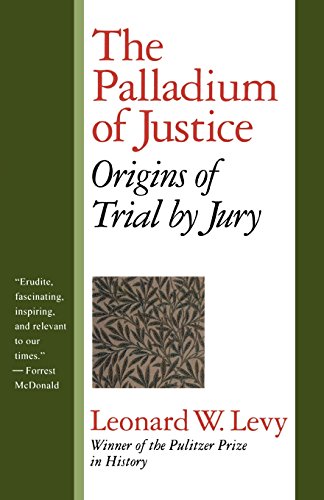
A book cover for The Palladium of Justice: Origins of Trial by Jury; Leonard W. Levy; Law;